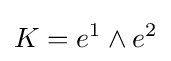
K=e^{1}\wedge e^{2}